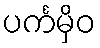
ပင်္ကမှိဝ